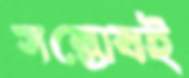
সন্তোষই